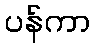
ပန်ကာ